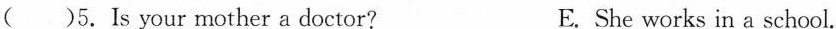
( )5.Is your mother a doctor? E. She works in a school.